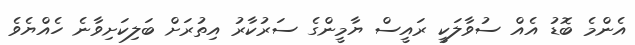
އެންމެ ބޮޑު އެއް ސުވާލަކީ ރައީސް ޔާމީންގެ ސަރުކާރު އިތުރަށް ބަލިކަށިވާނެ ހެއްޔެވެ